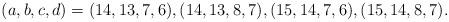
LaTeX: \begin{align*}(a,b,c,d)=(14,13,7,6),(14,13,8,7),(15,14,7,6),(15,14,8,7).\end{align*}